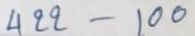
422 - 100